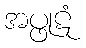
အပ္ဖုဋံ